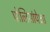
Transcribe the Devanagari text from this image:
पोलिसांपेक्षा